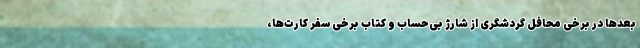
بعدها در برخی محافل گردشگری از شارژ بی‌حساب و کتاب برخی سفر کارت‌ها،